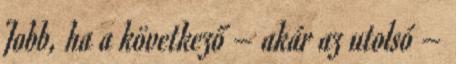
Jobb, ha a következő – akár az utolsó –